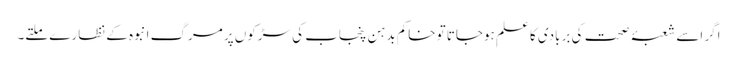
اگر اسے شعبۂ صحت کی بربادی کا علم ہوجاتا تو خاکم بدہن پنجاب کی سڑکوں پر مرگِ انبوہ کے نظارے ملتے۔